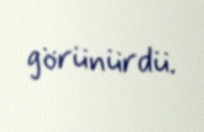
görünürdü.